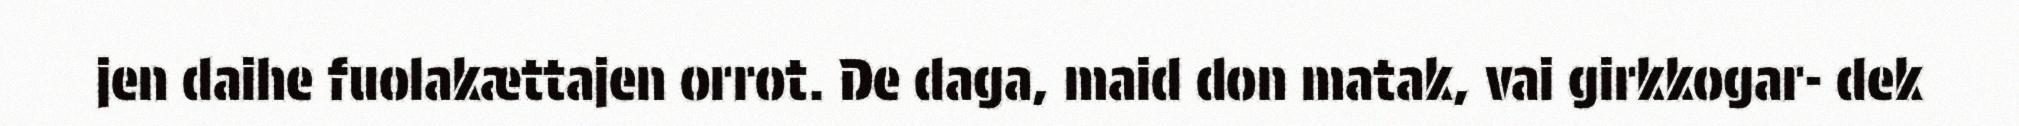
jen daihe fuolakættajen orrot. De daga, maid don matak, vai girkkogar- dek